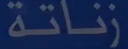
رناة